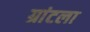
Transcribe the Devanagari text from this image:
ग्रांटला